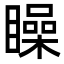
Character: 矂